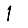
Digit: 1